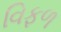
વિફળ